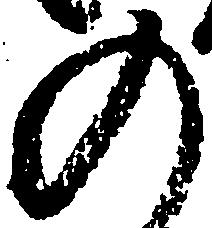
の